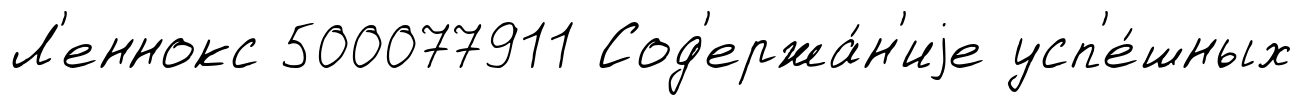
Л'еннокс 500077911 Сод'ержа́н'иjе усп'е́шных